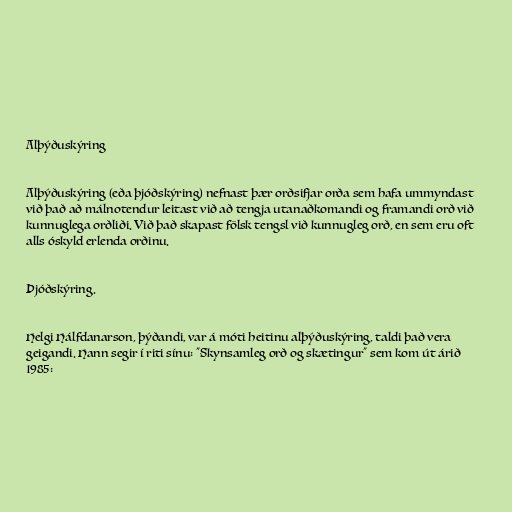
Alþýðuskýring

Alþýðuskýring (eða þjóðskýring) nefnast þær orðsifjar orða sem hafa ummyndast
við það að málnotendur leitast við að tengja utanaðkomandi og framandi orð við
kunnuglega orðliði. Við það skapast fölsk tengsl við kunnugleg orð, en sem eru oft
alls óskyld erlenda orðinu.

Þjóðskýring.

Helgi Hálfdanarson, þýðandi, var á móti heitinu alþýðuskýring, taldi það vera
geigandi. Hann segir í riti sínu: "Skynsamleg orð og skætingur" sem kom út árið
1985: